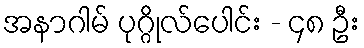
အနာဂါမ် ပုဂ္ဂိုလ်ပေါင်း - ၄၈ ဦး